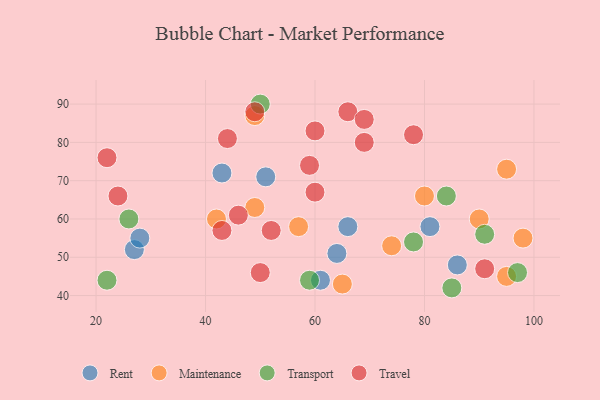
{"axis": {"x": "GDP", "y": "Life Expectancy"}, "legend": ["Maintenance", "Rent", "Transport", "Travel"], "data": [{"x": "86", "y": 48, "type": "Rent"}, {"x": "51", "y": 71, "type": "Rent"}, {"x": "81", "y": 58, "type": "Rent"}, {"x": "66", "y": 58, "type": "Rent"}, {"x": "43", "y": 72, "type": "Rent"}, {"x": "27", "y": 52, "type": "Rent"}, {"x": "61", "y": 44, "type": "Rent"}, {"x": "64", "y": 51, "type": "Rent"}, {"x": "28", "y": 55, "type": "Rent"}, {"x": "74", "y": 53, "type": "Maintenance"}, {"x": "90", "y": 60, "type": "Maintenance"}, {"x": "49", "y": 87, "type": "Maintenance"}, {"x": "95", "y": 73, "type": "Maintenance"}, {"x": "98", "y": 55, "type": "Maintenance"}, {"x": "57", "y": 58, "type": "Maintenance"}, {"x": "80", "y": 66, "type": "Maintenance"}, {"x": "65", "y": 43, "type": "Maintenance"}, {"x": "49", "y": 63, "type": "Maintenance"}, {"x": "42", "y": 60, "type": "Maintenance"}, {"x": "95", "y": 45, "type": "Maintenance"}, {"x": "97", "y": 46, "type": "Transport"}, {"x": "22", "y": 44, "type": "Transport"}, {"x": "59", "y": 44, "type": "Transport"}, {"x": "26", "y": 60, "type": "Transport"}, {"x": "91", "y": 56, "type": "Transport"}, {"x": "85", "y": 42, "type": "Transport"}, {"x": "84", "y": 66, "type": "Transport"}, {"x": "78", "y": 54, "type": "Transport"}, {"x": "50", "y": 90, "type": "Transport"}, {"x": "60", "y": 83, "type": "Travel"}, {"x": "66", "y": 88, "type": "Travel"}, {"x": "44", "y": 81, "type": "Travel"}, {"x": "50", "y": 46, "type": "Travel"}, {"x": "24", "y": 66, "type": "Travel"}, {"x": "22", "y": 76, "type": "Travel"}, {"x": "60", "y": 67, "type": "Travel"}, {"x": "69", "y": 86, "type": "Travel"}, {"x": "91", "y": 47, "type": "Travel"}, {"x": "43", "y": 57, "type": "Travel"}, {"x": "59", "y": 74, "type": "Travel"}, {"x": "46", "y": 61, "type": "Travel"}, {"x": "49", "y": 88, "type": "Travel"}, {"x": "78", "y": 82, "type": "Travel"}, {"x": "52", "y": 57, "type": "Travel"}, {"x": "69", "y": 80, "type": "Travel"}]}